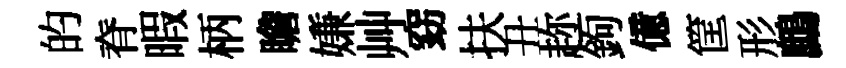
的脊暇柄瞻嫌艸窈扶丑趂鉤億筐形鷓